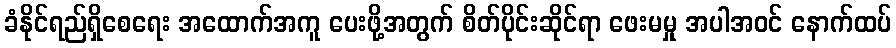
ခံနိုင်ရည်ရှိစေရေး အထောက်အကူ ပေးဖို့အတွက် စိတ်ပိုင်းဆိုင်ရာ ဖေးမမှု အပါအဝင် နောက်ထပ်